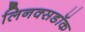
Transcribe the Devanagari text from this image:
लिनक्सडॉक